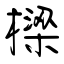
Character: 樑